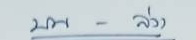
บน - ล่าง